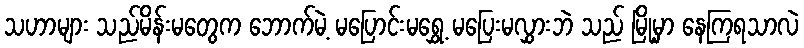
သဟာများ သည်မိန်းမတွေက ဘောက်မဲ့ မပြောင်းမရွှေ့ မပြေးမလွှားဘဲ သည် မြို့မှာ နေကြရသာလဲ